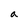
Character: a